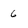
Character: 6